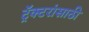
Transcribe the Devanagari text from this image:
ट्रॅक्टरांसाठी